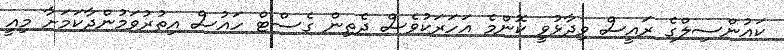
ކައުންސިލްގެ ރައީސް ވިދާޅުވީ ކޮންމެ އަަހަރަކުވެސް ދެތިން ގެސްޓް ހައުސް އިތުރުވަމުންދާކަމަށާ މިއީ